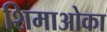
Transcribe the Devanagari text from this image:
शिमाओका